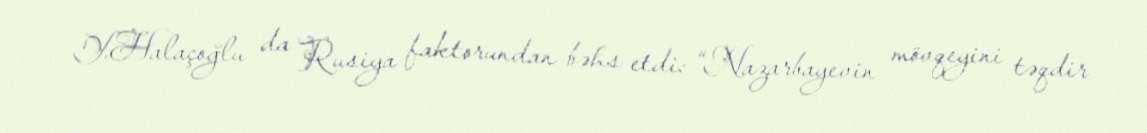
Y.Halaçoğlu da Rusiya faktorundan bəhs etdi: “Nazarbayevin mövqeyini təqdir